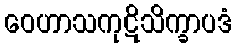
ဝေဟာသကုဋိသိက္ခာပဒံ